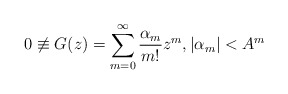
\begin{align*}0\not\equiv G(z)=\sum_{m=0}^\infty\frac{\alpha_m}{m!}z^m,|\alpha_m|<A^m\end{align*}